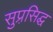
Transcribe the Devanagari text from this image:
सुप्रसि़द्घ